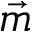
\vec { m }